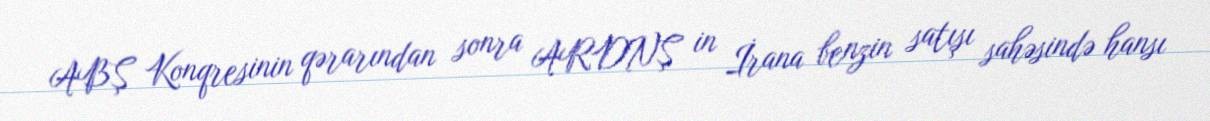
ABŞ Konqresinin qərarından sonra ARDNŞ in İrana benzin satışı sahəsində hansı